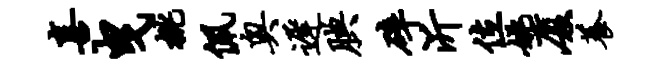
喜曳桃佩奥迟腆碎沂位姚厦养